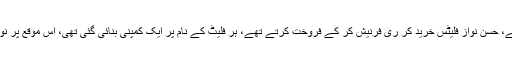
جس پر سابق وزیر اعظم کا جواب تھا کہ بچوں کا کاروبا ہے وہ بناتے رہے اور بیچتے بھی رہے، حسن نواز فلیٹس خرید کر ری فرنیش کر کے فروخت کرتے تھے، ہر فلیٹ کے نام پر ایک کمپنی بنائی گئی تھی، اس موقع پر نواز شریف کے وکیل خواجہ حارث نے کہا کہ بچے اب بڑے ہوگئے ہیں، اپنی مرضی کرتے ہیں۔